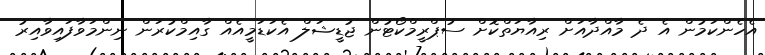
އެހެންކަމުން އެ ދެ މާއްދާއަށް ރިއާޔަތްކޮށް ސުޕްރީމްކޯޓުން ޖުޑީޝަލް އެކަޑަމީއެއް ގާއިމްކުރަން ނިންމަވާފައިވާއިރު